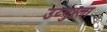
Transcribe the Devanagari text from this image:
उय्गुरला